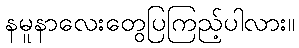
နမူနာလေးတွေပြကြည့်ပါလား။